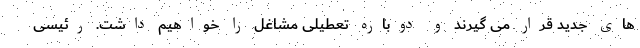
های جدید قرار می گیرند و دوباره تعطیلی مشاغل را خواهیم داشت. رئیسی